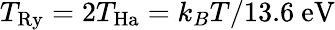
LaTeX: T_{\mathrm{Ry}}=2T_{\mathrm{Ha}}=k_{B}T/13.6~\textrm{eV}